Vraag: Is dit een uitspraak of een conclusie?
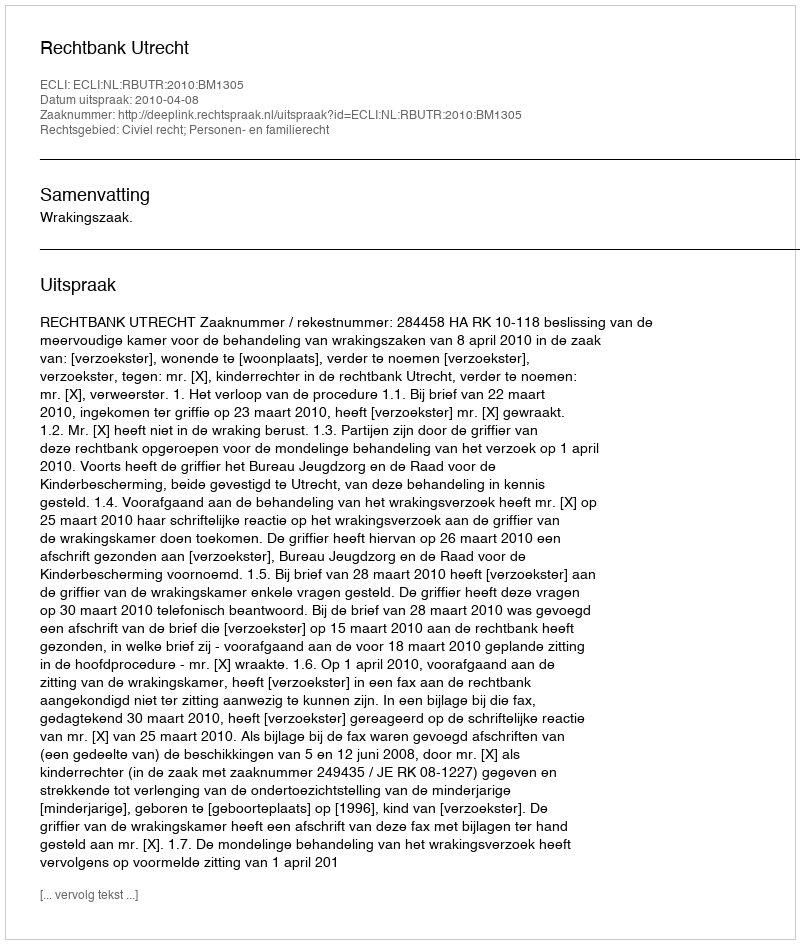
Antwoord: Uitspraak